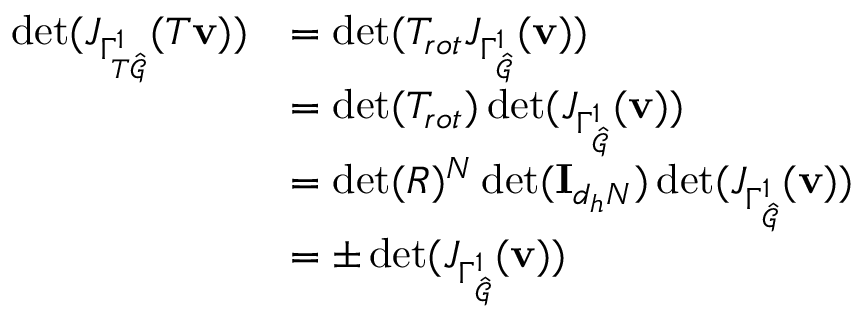
\begin{array} { r l } { \operatorname* { d e t } ( J _ { \Gamma _ { T \hat { \mathcal { G } } } ^ { 1 } } ( T \mathbf { v } ) ) } & { = \operatorname* { d e t } ( T _ { r o t } J _ { \Gamma _ { \hat { \mathcal { G } } } ^ { 1 } } ( \mathbf { v } ) ) } \\ & { = \operatorname* { d e t } ( T _ { r o t } ) \operatorname* { d e t } ( J _ { \Gamma _ { \hat { \mathcal { G } } } ^ { 1 } } ( \mathbf { v } ) ) } \\ & { = \operatorname* { d e t } ( R ) ^ { N } \operatorname* { d e t } ( \mathbf { I } _ { d _ { h } N } ) \operatorname* { d e t } ( J _ { \Gamma _ { \hat { \mathcal { G } } } ^ { 1 } } ( \mathbf { v } ) ) } \\ & { = \pm \operatorname* { d e t } ( J _ { \Gamma _ { \hat { \mathcal { G } } } ^ { 1 } } ( \mathbf { v } ) ) } \end{array}